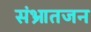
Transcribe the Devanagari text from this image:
संभ्रातजन